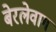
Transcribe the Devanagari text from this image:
बेरलेवाग